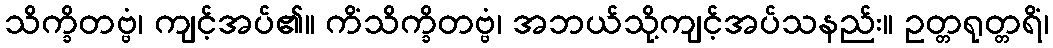
သိက္ခိတဗ္ဗံ၊ ကျင့်အပ်၏။ ကိံသိက္ခိတဗ္ဗံ၊ အဘယ်သို့ကျင့်အပ်သနည်း။ ဥတ္တရုတ္တရိံ၊